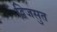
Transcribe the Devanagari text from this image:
द्विजसुत